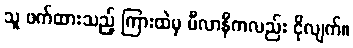
သူ ဖက်ထားသည့် ကြားထဲမှ မီလာနီကလည်း ငိုလျက်။